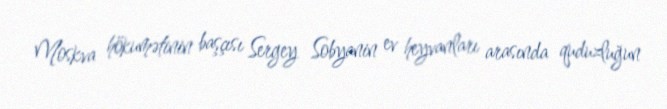
Moskva hökumətinin başçısı Sergey Sobyanin ev heyvanları arasında quduzluğun